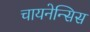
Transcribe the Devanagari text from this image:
चायनेन्सिस